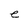
Character: e